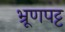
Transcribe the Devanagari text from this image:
भ्रूणपट्ट